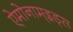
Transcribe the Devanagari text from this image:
ऐमोनाम्‌इड्स